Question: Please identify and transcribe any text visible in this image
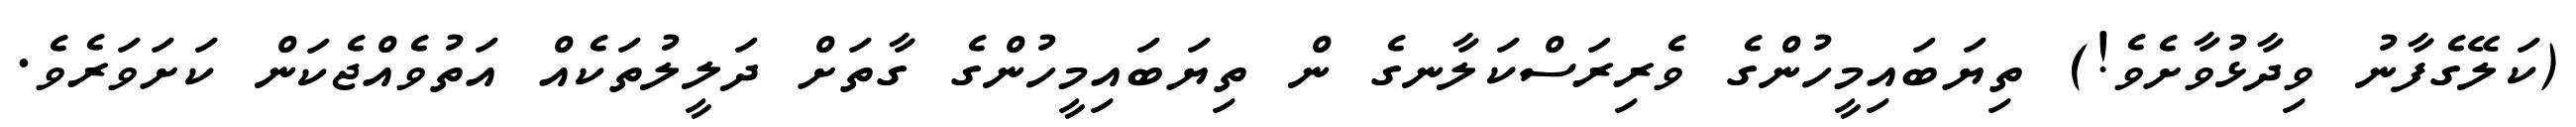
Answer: (ކަލޭގެފާނު ވިދާޅުވާށެވެ!) ތިޔަބައިމީހުންގެ ވެރިރަސްކަލާނގެ ން ތިޔަބައިމީހުންގެ ގާތަށް ދަލީލުތަކެއް އަތުވެއްޖެކަން ކަށަވަރެވެ.